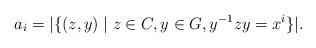
LaTeX: \begin{align*}a_i=|\{(z,y)\mid z\in C,y\in G,y^{-1}zy=x^i\}|.\end{align*}